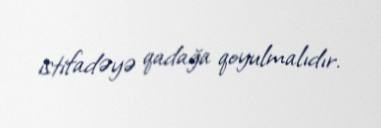
istifadəyə qadağa qoyulmalıdır.